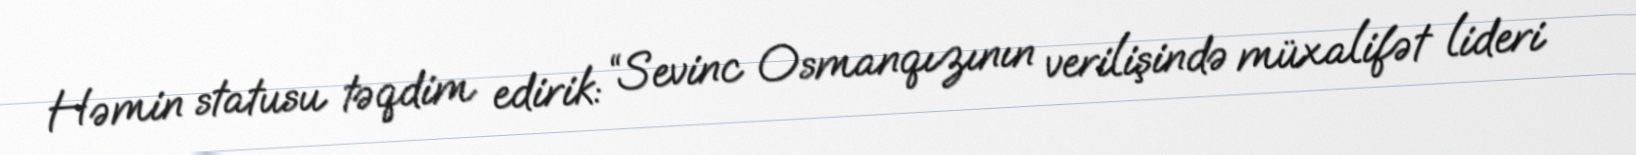
Həmin statusu təqdim edirik: “Sevinc Osmanqızının verilişində müxalifət lideri